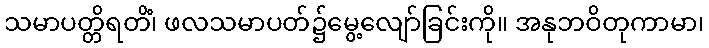
သမာပတ္တိရတိံ၊ ဖလသမာပတ်၌မွေ့လျော်ခြင်းကို။ အနုဘဝိတုကာမာ၊